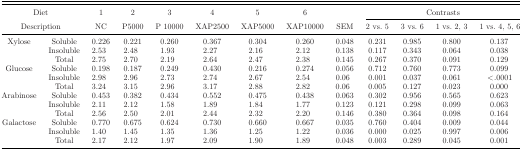
<table><thead><tr><td colspan="2"><b>Diet</b></td><td><b>1</b></td><td><b>2</b></td><td><b>3</b></td><td><b>4</b></td><td><b>5</b></td><td><b>6</b></td><td></td><td colspan="4"><b>Contrasts</b></td></tr><tr><td colspan="2"><b>Description</b></td><td><b>NC</b></td><td><b>P5000</b></td><td><b>P 10000</b></td><td><b>XAP2500</b></td><td><b>XAP5000</b></td><td><b>XAP10000</b></td><td><b>SEM</b></td><td><b>2 vs. 5</b></td><td><b>3 vs. 6</b></td><td><b>1 vs. 2, 3</b></td><td><b>1 vs. 4, 5, 6</b></td></tr></thead><tbody><tr><td>Xylose</td><td>Soluble</td><td>0.226</td><td>0.221</td><td>0.260</td><td>0.367</td><td>0.304</td><td>0.260</td><td>0.048</td><td>0.231</td><td>0.985</td><td>0.800</td><td>0.137</td></tr><tr><td></td><td>Insoluble</td><td>2.53</td><td>2.48</td><td>1.93</td><td>2.27</td><td>2.16</td><td>2.12</td><td>0.138</td><td>0.117</td><td>0.343</td><td>0.064</td><td>0.038</td></tr><tr><td></td><td>Total</td><td>2.75</td><td>2.70</td><td>2.19</td><td>2.64</td><td>2.47</td><td>2.38</td><td>0.145</td><td>0.267</td><td>0.370</td><td>0.091</td><td>0.129</td></tr><tr><td>Glucose</td><td>Soluble</td><td>0.198</td><td>0.187</td><td>0.249</td><td>0.430</td><td>0.216</td><td>0.274</td><td>0.056</td><td>0.712</td><td>0.760</td><td>0.773</td><td>0.099</td></tr><tr><td></td><td>Insoluble</td><td>2.98</td><td>2.96</td><td>2.73</td><td>2.74</td><td>2.67</td><td>2.54</td><td>0.06</td><td>0.001</td><td>0.037</td><td>0.061</td><td>&lt;.0001</td></tr><tr><td></td><td>Total</td><td>3.24</td><td>3.15</td><td>2.96</td><td>3.17</td><td>2.88</td><td>2.82</td><td>0.06</td><td>0.005</td><td>0.127</td><td>0.023</td><td>0.000</td></tr><tr><td>Arabinose</td><td>Soluble</td><td>0.453</td><td>0.382</td><td>0.434</td><td>0.552</td><td>0.475</td><td>0.438</td><td>0.063</td><td>0.302</td><td>0.956</td><td>0.565</td><td>0.623</td></tr><tr><td></td><td>Insoluble</td><td>2.11</td><td>2.12</td><td>1.58</td><td>1.89</td><td>1.84</td><td>1.77</td><td>0.123</td><td>0.121</td><td>0.298</td><td>0.099</td><td>0.063</td></tr><tr><td></td><td>Total</td><td>2.56</td><td>2.50</td><td>2.01</td><td>2.44</td><td>2.32</td><td>2.20</td><td>0.146</td><td>0.380</td><td>0.364</td><td>0.098</td><td>0.164</td></tr><tr><td>Galactose</td><td>Soluble</td><td>0.770</td><td>0.675</td><td>0.624</td><td>0.730</td><td>0.660</td><td>0.667</td><td>0.035</td><td>0.760</td><td>0.404</td><td>0.009</td><td>0.044</td></tr><tr><td></td><td>Insoluble</td><td>1.40</td><td>1.45</td><td>1.35</td><td>1.36</td><td>1.25</td><td>1.22</td><td>0.036</td><td>0.000</td><td>0.025</td><td>0.997</td><td>0.006</td></tr><tr><td></td><td>Total</td><td>2.17</td><td>2.12</td><td>1.97</td><td>2.09</td><td>1.90</td><td>1.89</td><td>0.048</td><td>0.003</td><td>0.289</td><td>0.045</td><td>0.001</td></tr></tbody></table>